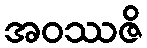
အဝဿဇိ